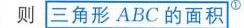
则$\boxed{三角形ABC的面积^{\textcircled{1}}}$